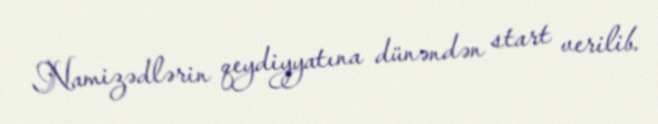
Namizədlərin qeydiyyatına dünəndən start verilib.